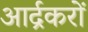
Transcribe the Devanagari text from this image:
आर्द्रकरों